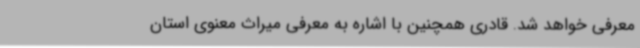
معرفی خواهد شد. قادری همچنین با اشاره به معرفی میراث‌ معنوی استان